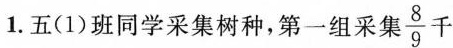
1.五(1)班同学采集树种，第一组采集 \frac{8}{9}千